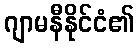
ဂျာမနီနိုင်ငံ၏